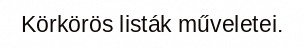
Körkörös listák műveletei.